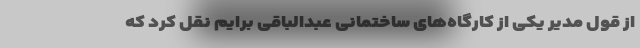
از قول مدیر یکی از کارگاه‌های ساختمانی عبدالباقی برایم نقل کرد که